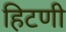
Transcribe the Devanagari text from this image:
हिटणी